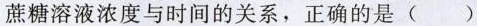
蔗糖溶液浓度与时间的关系，正确的是( )